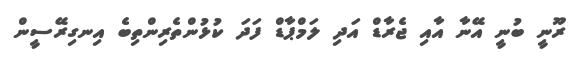
ރޫނީ ބުނީ އޭނާ އާއި ޖެރާޑް އަދި ލަމްޕާޑް ފަދަ ކުޅުންތެރިންތިބެ އިނގިރޭސީން